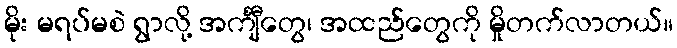
မိုး မရပ်မစဲ ရွာလို့ အင်္ကျီတွေ၊ အထည်တွေကို မှိုတက်လာတယ်။